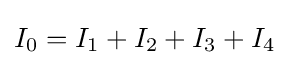
I_{0}=I_{1}+I_{2}+I_{3}+I_{4}